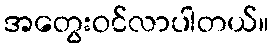
အတွေးဝင်လာပါတယ်။